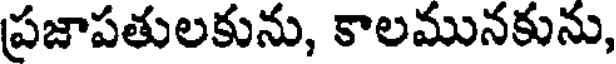
ప్రజాపతులకును, కాలమునకును,